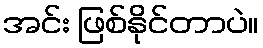
အင်း ဖြစ်နိုင်တာပဲ။